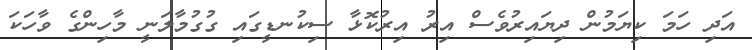
އަދި ހަމަ ކިޔަމުން ދިޔައިރުވެސް އިރު އިރުކޮޅާ ސިކުނޑީގައި ގުގުމާލަނީ މާހިންގެ ވާހަކަ